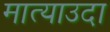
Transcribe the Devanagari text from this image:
मात्याउदा